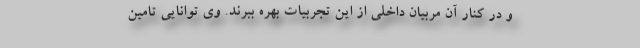
و در کنار آن مربیان داخلی از این تجربیات بهره ببرند. وی توانایی تامین